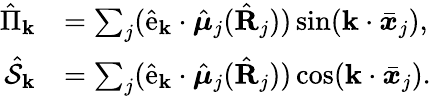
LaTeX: \begin{array}{rl}{\hat{\Pi}_{\mathbf{k}}}&{=\sum_{j}(\hat{\mathrm{e}}_{\mathbf{k}}\cdot\hat{\boldsymbol\mu}_{j}(\hat{\mathbf R}_{j}))\sin(\mathbf{k}\cdot\bar{\boldsymbol x}_{j}),}\\ {\hat{\mathcal{S}}_{\mathbf{k}}}&{=\sum_{j}(\hat{\mathrm{e}}_{\mathbf{k}}\cdot\hat{\boldsymbol\mu}_{j}(\hat{\mathbf R}_{j}))\cos(\mathbf{k}\cdot\bar{\boldsymbol x}_{j}).}\end{array}